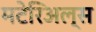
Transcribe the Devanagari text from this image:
मटेरिअल्स